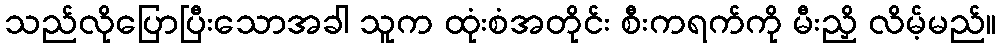
သည်လိုပြောပြီးသောအခါ သူက ထုံးစံအတိုင်း စီးကရက်ကို မီးညှိ လိမ့်မည်။